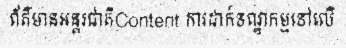
ព័ត៌មានអន្តរជាតិContent ការដាក់ទណ្ឌកម្មទៅលើ